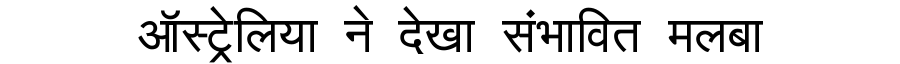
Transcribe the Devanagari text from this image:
ऑस्ट्रेलिया ने देखा संभावित मलबा